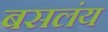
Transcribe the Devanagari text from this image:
बसलंय